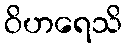
ဝိဟရေသိ